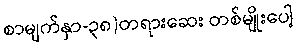
စာမျက်နှာ-၃၈)တရားဆေး တစ်မျိုးပေါ့